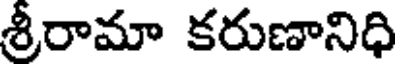
శ్రీరామా కరుణానిధి